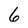
Character: 6